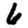
Digit: 6